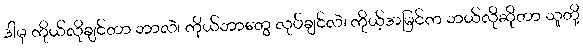
ဒါမှ ကိုယ်လိုချင်တာ ဘာလဲ၊ ကိုယ်ဘာတွေ လုပ်ချင်လဲ၊ ကိုယ့်အမြင်က ဘယ်လိုဆိုတာ သူတို့